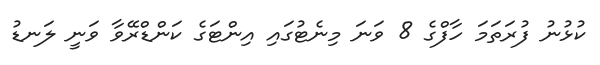
ކުޅުނު ފުރަތަމަ ހާފްގެ 8 ވަނަ މިނެޓުގައި އިންޓަގެ ކަންޑްރޭވާ ވަނީ ލަނޑު